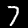
Digit: 7